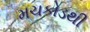
મચકોડથી